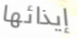
إيذائها